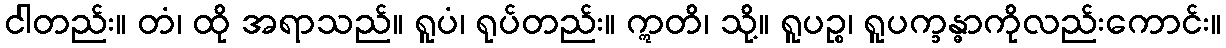
ငါတည်း။ တံ၊ ထို အရာသည်။ ရူပံ၊ ရုပ်တည်း။ ဣတိ၊ သို့။ ရူပဉ္စ၊ ရူပက္ခန္ဓာကိုလည်းကောင်း။